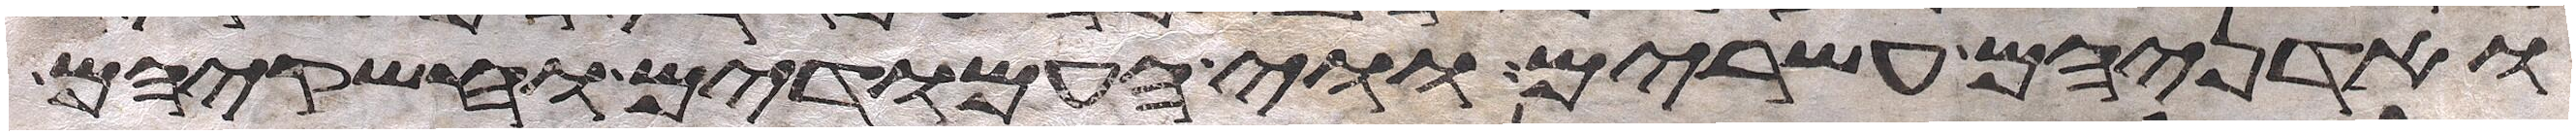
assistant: ואדניהם עשרים ווי העמודים וחשקיהם